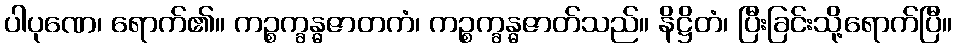
ပါပုဏေ၊ ရောက်၏။ ကဉ္စက္ခန္ဓဇာတကံ၊ ကဉ္စက္ခန္ဓဇာတ်သည်။ နိဋ္ဌိတံ၊ ပြီးခြင်းသို့ရောက်ပြီ။